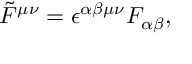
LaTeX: \tilde { F } ^ { \mu \nu } = \epsilon ^ { \alpha \beta \mu \nu } F _ { \alpha \beta } ,